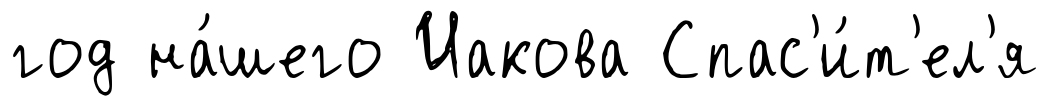
год на́шего Иакова Спас'и́т'ел'я